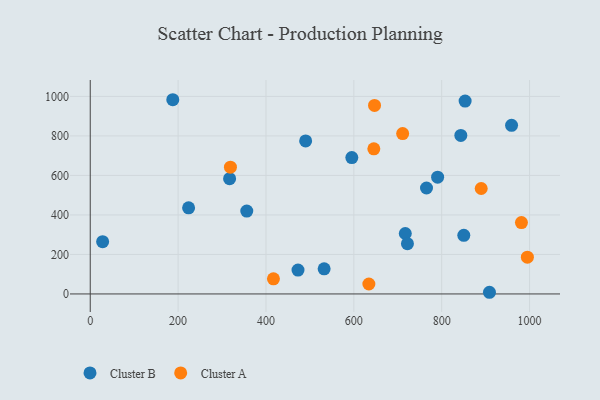
{"axis": {"x": "Ad Spend", "y": "Demand"}, "legend": ["Cluster A", "Cluster B"], "data": [{"x": "532.4", "y": 127.3, "type": "Cluster B"}, {"x": "595.4", "y": 690.3, "type": "Cluster B"}, {"x": "223.9", "y": 436.1, "type": "Cluster B"}, {"x": "356.3", "y": 419.4, "type": "Cluster B"}, {"x": "843.5", "y": 802.3, "type": "Cluster B"}, {"x": "717.1", "y": 306.0, "type": "Cluster B"}, {"x": "959.0", "y": 853.8, "type": "Cluster B"}, {"x": "472.9", "y": 120.7, "type": "Cluster B"}, {"x": "187.9", "y": 983.2, "type": "Cluster B"}, {"x": "317.2", "y": 583.8, "type": "Cluster B"}, {"x": "790.7", "y": 591.3, "type": "Cluster B"}, {"x": "490.3", "y": 774.5, "type": "Cluster B"}, {"x": "853.3", "y": 976.2, "type": "Cluster B"}, {"x": "850.3", "y": 296.7, "type": "Cluster B"}, {"x": "908.7", "y": 8.5, "type": "Cluster B"}, {"x": "28.2", "y": 264.4, "type": "Cluster B"}, {"x": "722.0", "y": 254.5, "type": "Cluster B"}, {"x": "765.4", "y": 536.4, "type": "Cluster B"}, {"x": "647.1", "y": 954.5, "type": "Cluster A"}, {"x": "319.1", "y": 641.6, "type": "Cluster A"}, {"x": "634.2", "y": 50.5, "type": "Cluster A"}, {"x": "711.1", "y": 811.6, "type": "Cluster A"}, {"x": "417.0", "y": 76.8, "type": "Cluster A"}, {"x": "981.5", "y": 361.5, "type": "Cluster A"}, {"x": "645.5", "y": 734.4, "type": "Cluster A"}, {"x": "889.9", "y": 533.8, "type": "Cluster A"}, {"x": "995.0", "y": 186.3, "type": "Cluster A"}]}